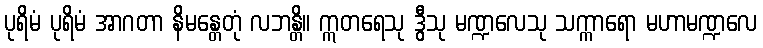
ပုရိမံ ပုရိမံ အာဂတာ နိမန္တေတုံ လဘန္တိ။ ဣတရေသု ဒွီသု မဏ္ဍလေသု သက္ကာရော မဟာမဏ္ဍလေ